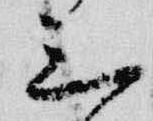
三